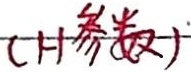
(参数)